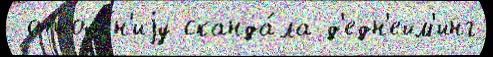
 отноше́н'иjу сканда́ла д'едн'ейм'инг